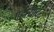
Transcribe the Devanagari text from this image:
पहाऱ्यावर